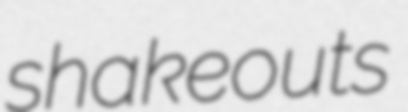
shakeouts